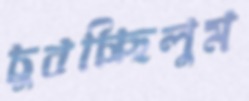
চুবচ্ছিলুম